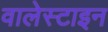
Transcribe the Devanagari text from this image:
वालेस्टाइन